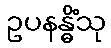
ဥပနန္ဓိံသု